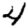
Digit: 4